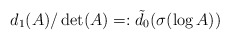
\begin{align*}d_1(A)/\det(A)=:\tilde{d}_0(\sigma(\log A))\end{align*}